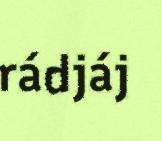
rádjáj